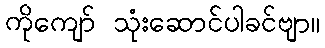
ကိုကျော် သုံးဆောင်ပါခင်ဗျာ။